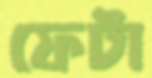
ফেটা